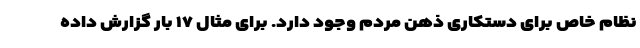
نظام خاص برای دستکاری ذهن مردم وجود دارد. برای مثال ۱۷ بار گزارش داده